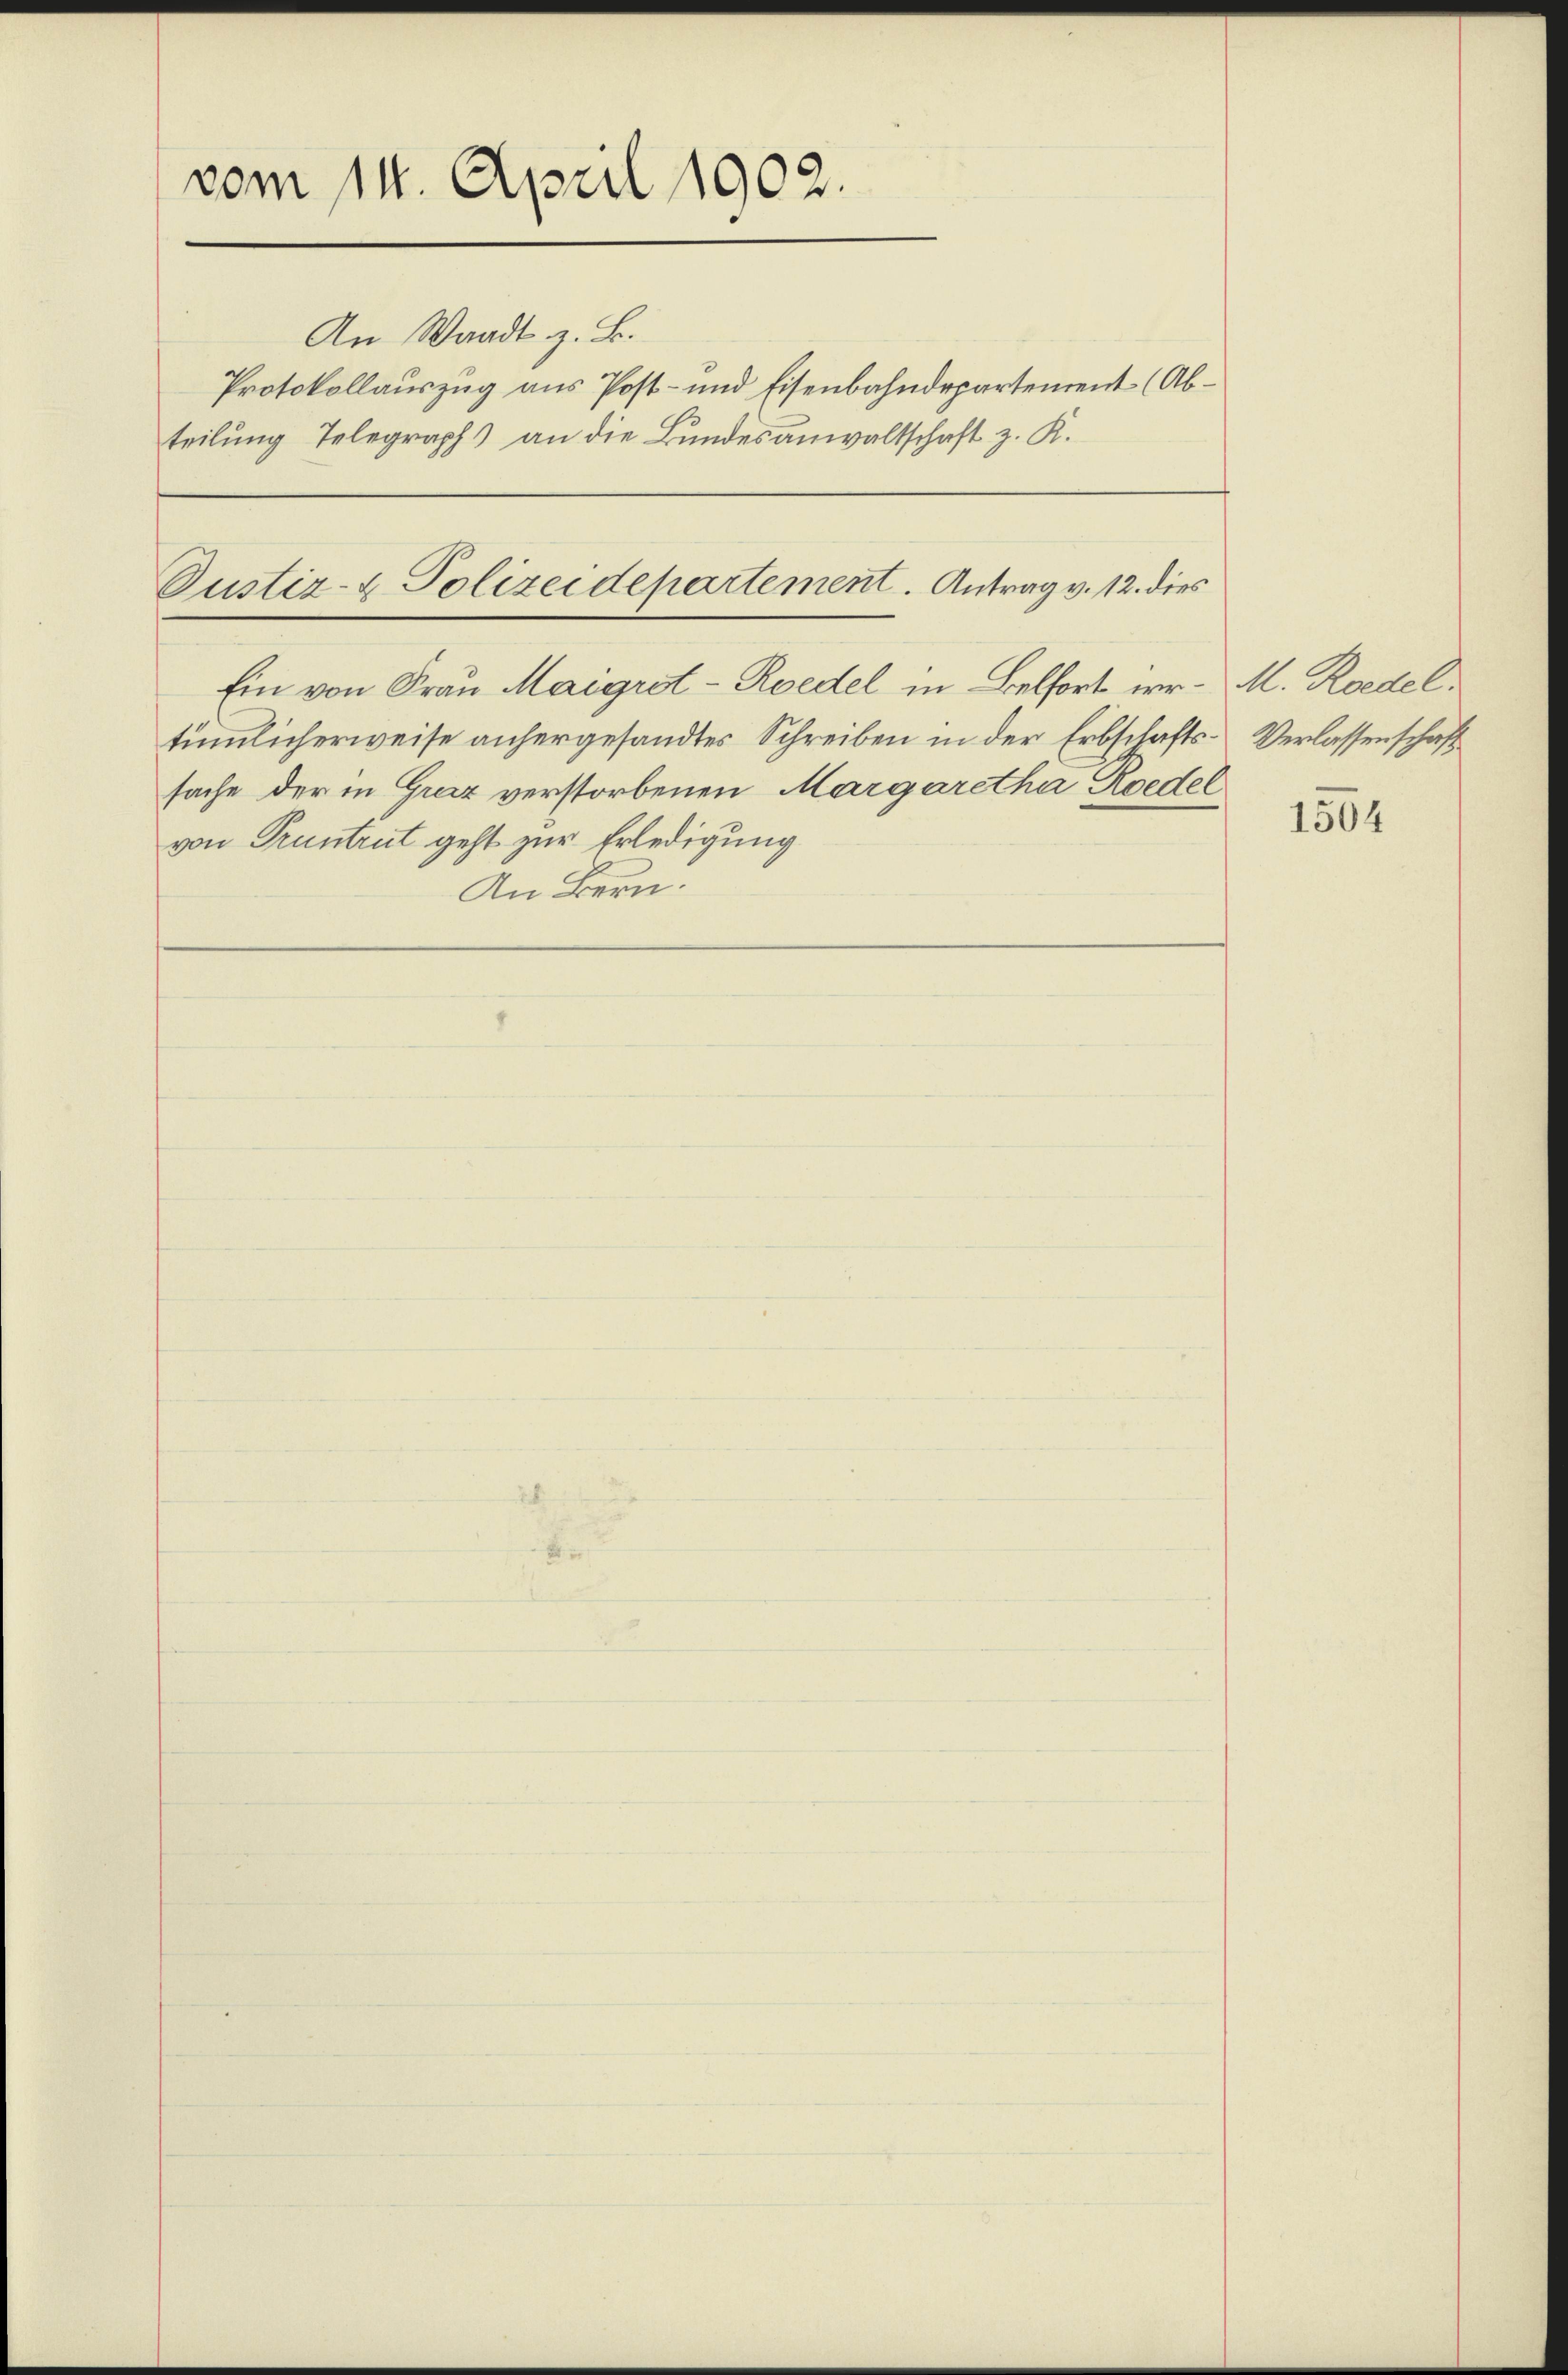
vom 14. April 1902.

An Waadt z. B.
Protokollauszug aus Post- und Eisenbahndepartement (Abteilung Telegraph an die Bundesanwaltschaft z. K.

Justiz- & Polizeidepartement. Antrag v. 12. dies
Ein von Frau Maigrot-Roedel in Belfort ir - M. Roedel,

tümlicherweise anhergesandtes Schreiben in der Erbschafts-Verlassenschaft
sache der in Graz verstorbenen Margaretha Roedel
von Truntrut geht zur Erledigung
An Bern.

1504